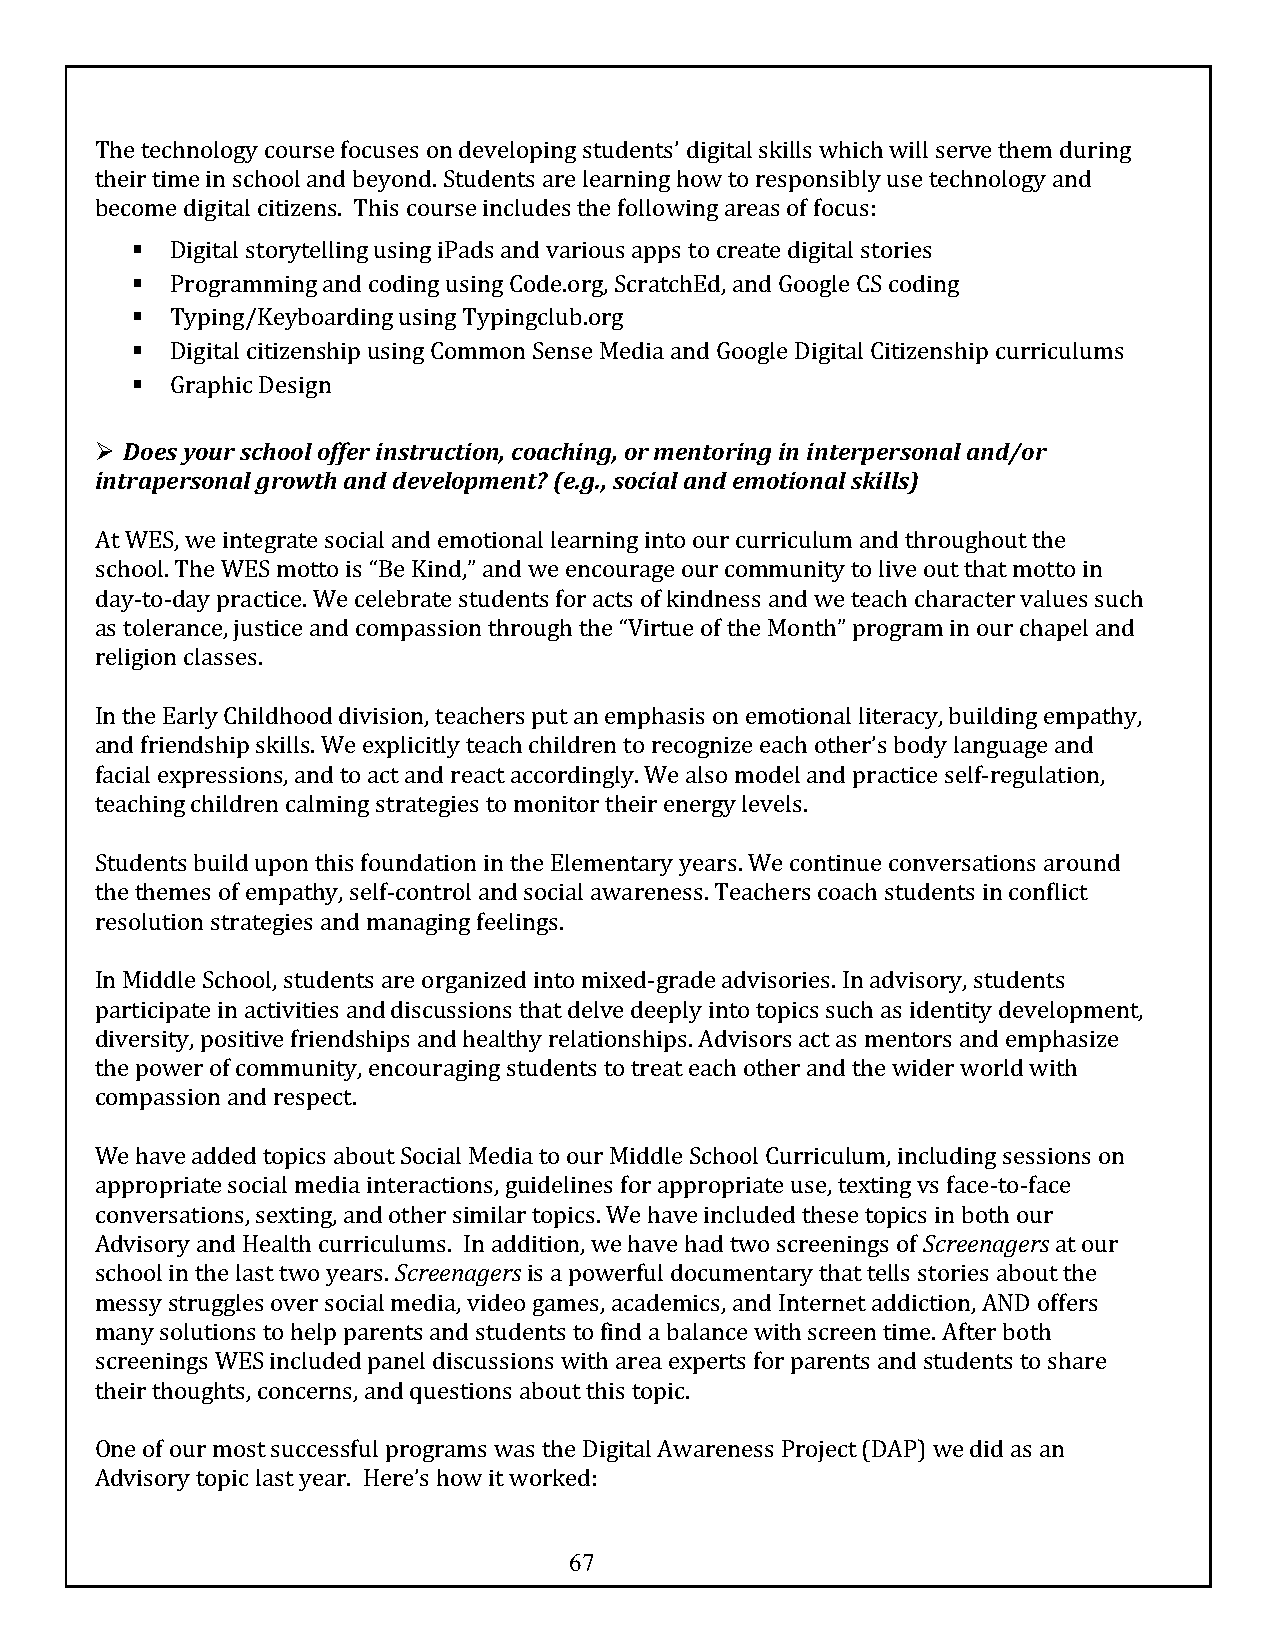
The technology course focuses on developing students’ digital skills which will serve them during
 their time in school and beyond. Students are learning how to responsibly use technology and
 become digital citizens. This course includes the following areas of focus:
 § Digital storytelling using iPads and various apps to create digital stories
 § Programming and coding using Code.org, ScratchEd, and Google CS coding
 § Typing/Keyboarding using Typingclub.org
 § Digital citizenship using Common Sense Media and Google Digital Citizenship curriculums
 § Graphic Design
 Ø Does your school offer instruction, coaching, or mentoring in interpersonal and/or
 intrapersonal growth and development? (e.g., social and emotional skills)
 At WES, we integrate social and emotional learning into our curriculum and throughout the
 school. The WES motto is “Be Kind,” and we encourage our community to live out that motto in
 day-to-day practice. We celebrate students for acts of kindness and we teach character values such
 as tolerance, justice and compassion through the “Virtue of the Month” program in our chapel and
 religion classes.
 In the Early Childhood division, teachers put an emphasis on emotional literacy, building empathy,
 and friendship skills. We explicitly teach children to recognize each other’s body language and
 facial expressions, and to act and react accordingly. We also model and practice self-regulation,
 teaching children calming strategies to monitor their energy levels.
 Students build upon this foundation in the Elementary years. We continue conversations around
 the themes of empathy, self-control and social awareness. Teachers coach students in conflict
 resolution strategies and managing feelings.
 In Middle School, students are organized into mixed-grade advisories. In advisory, students
 participate in activities and discussions that delve deeply into topics such as identity development,
 diversity, positive friendships and healthy relationships. Advisors act as mentors and emphasize
 the power of community, encouraging students to treat each other and the wider world with
 compassion and respect.
 We have added topics about Social Media to our Middle School Curriculum, including sessions on
 appropriate social media interactions, guidelines for appropriate use, texting vs face-to-face
 conversations, sexting, and other similar topics. We have included these topics in both our
 Advisory and Health curriculums. In addition, we have had two screenings of Screenagers at our
 school in the last two years. Screenagers is a powerful documentary that tells stories about the
 messy struggles over social media, video games, academics, and Internet addiction, AND offers
 many solutions to help parents and students to find a balance with screen time. After both
 screenings WES included panel discussions with area experts for parents and students to share
 their thoughts, concerns, and questions about this topic.
 One of our most successful programs was the Digital Awareness Project (DAP) we did as an
 Advisory topic last year. Here’s how it worked:
 67